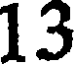
13